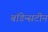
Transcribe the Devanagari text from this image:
बॉडेन्सटीन